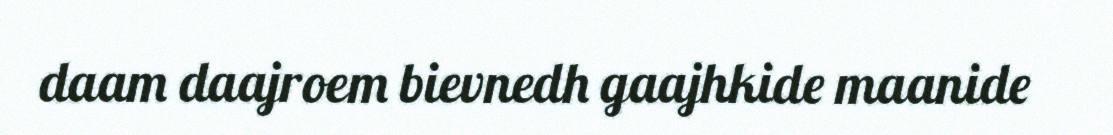
daam daajroem bievnedh gaajhkide maanide